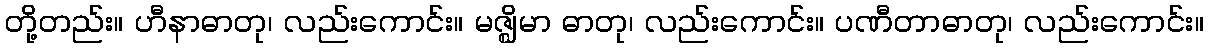
တို့တည်း။ ဟီနာဓာတု၊ လည်းကောင်း။ မဇ္ဈိမာ ဓာတု၊ လည်းကောင်း။ ပဏီတာဓာတု၊ လည်းကောင်း။